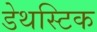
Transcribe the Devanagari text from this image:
डेथस्टिक